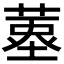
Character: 𦹆